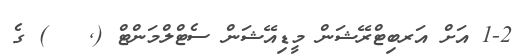
1-2 އަށް އަރބިޓްރޭޝަން މީޑިއޭޝަން ސެޓްލްމަންޓް (